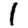
Digit: 1